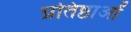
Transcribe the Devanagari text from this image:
प्रतिष्ठाओं